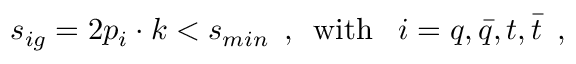
s _ { i g } = 2 p _ { i } \cdot k < s _ { m i n } \, \, \, , \, \, \, \mathrm { w i t h } \, \, \, \, \, i = q , \bar { q } , t , \bar { t } \, \, \, ,